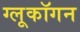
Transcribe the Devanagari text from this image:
ग्लूकॉगन